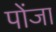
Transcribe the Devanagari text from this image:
पोंजा